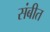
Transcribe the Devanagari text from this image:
संबीत